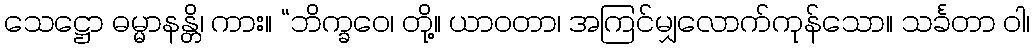
သေဋ္ဌော ဓမ္မာနန္တိ၊ ကား။ “ဘိက္ခဝေ၊ တို့။ ယာဝတာ၊ အကြင်မျှလောက်ကုန်သော။ သင်္ခတာ ဝါ၊